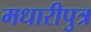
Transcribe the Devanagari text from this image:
मधारीपुत्र